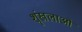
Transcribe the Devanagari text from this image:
शॄंखलाओं